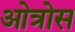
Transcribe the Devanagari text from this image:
ओत्रोस